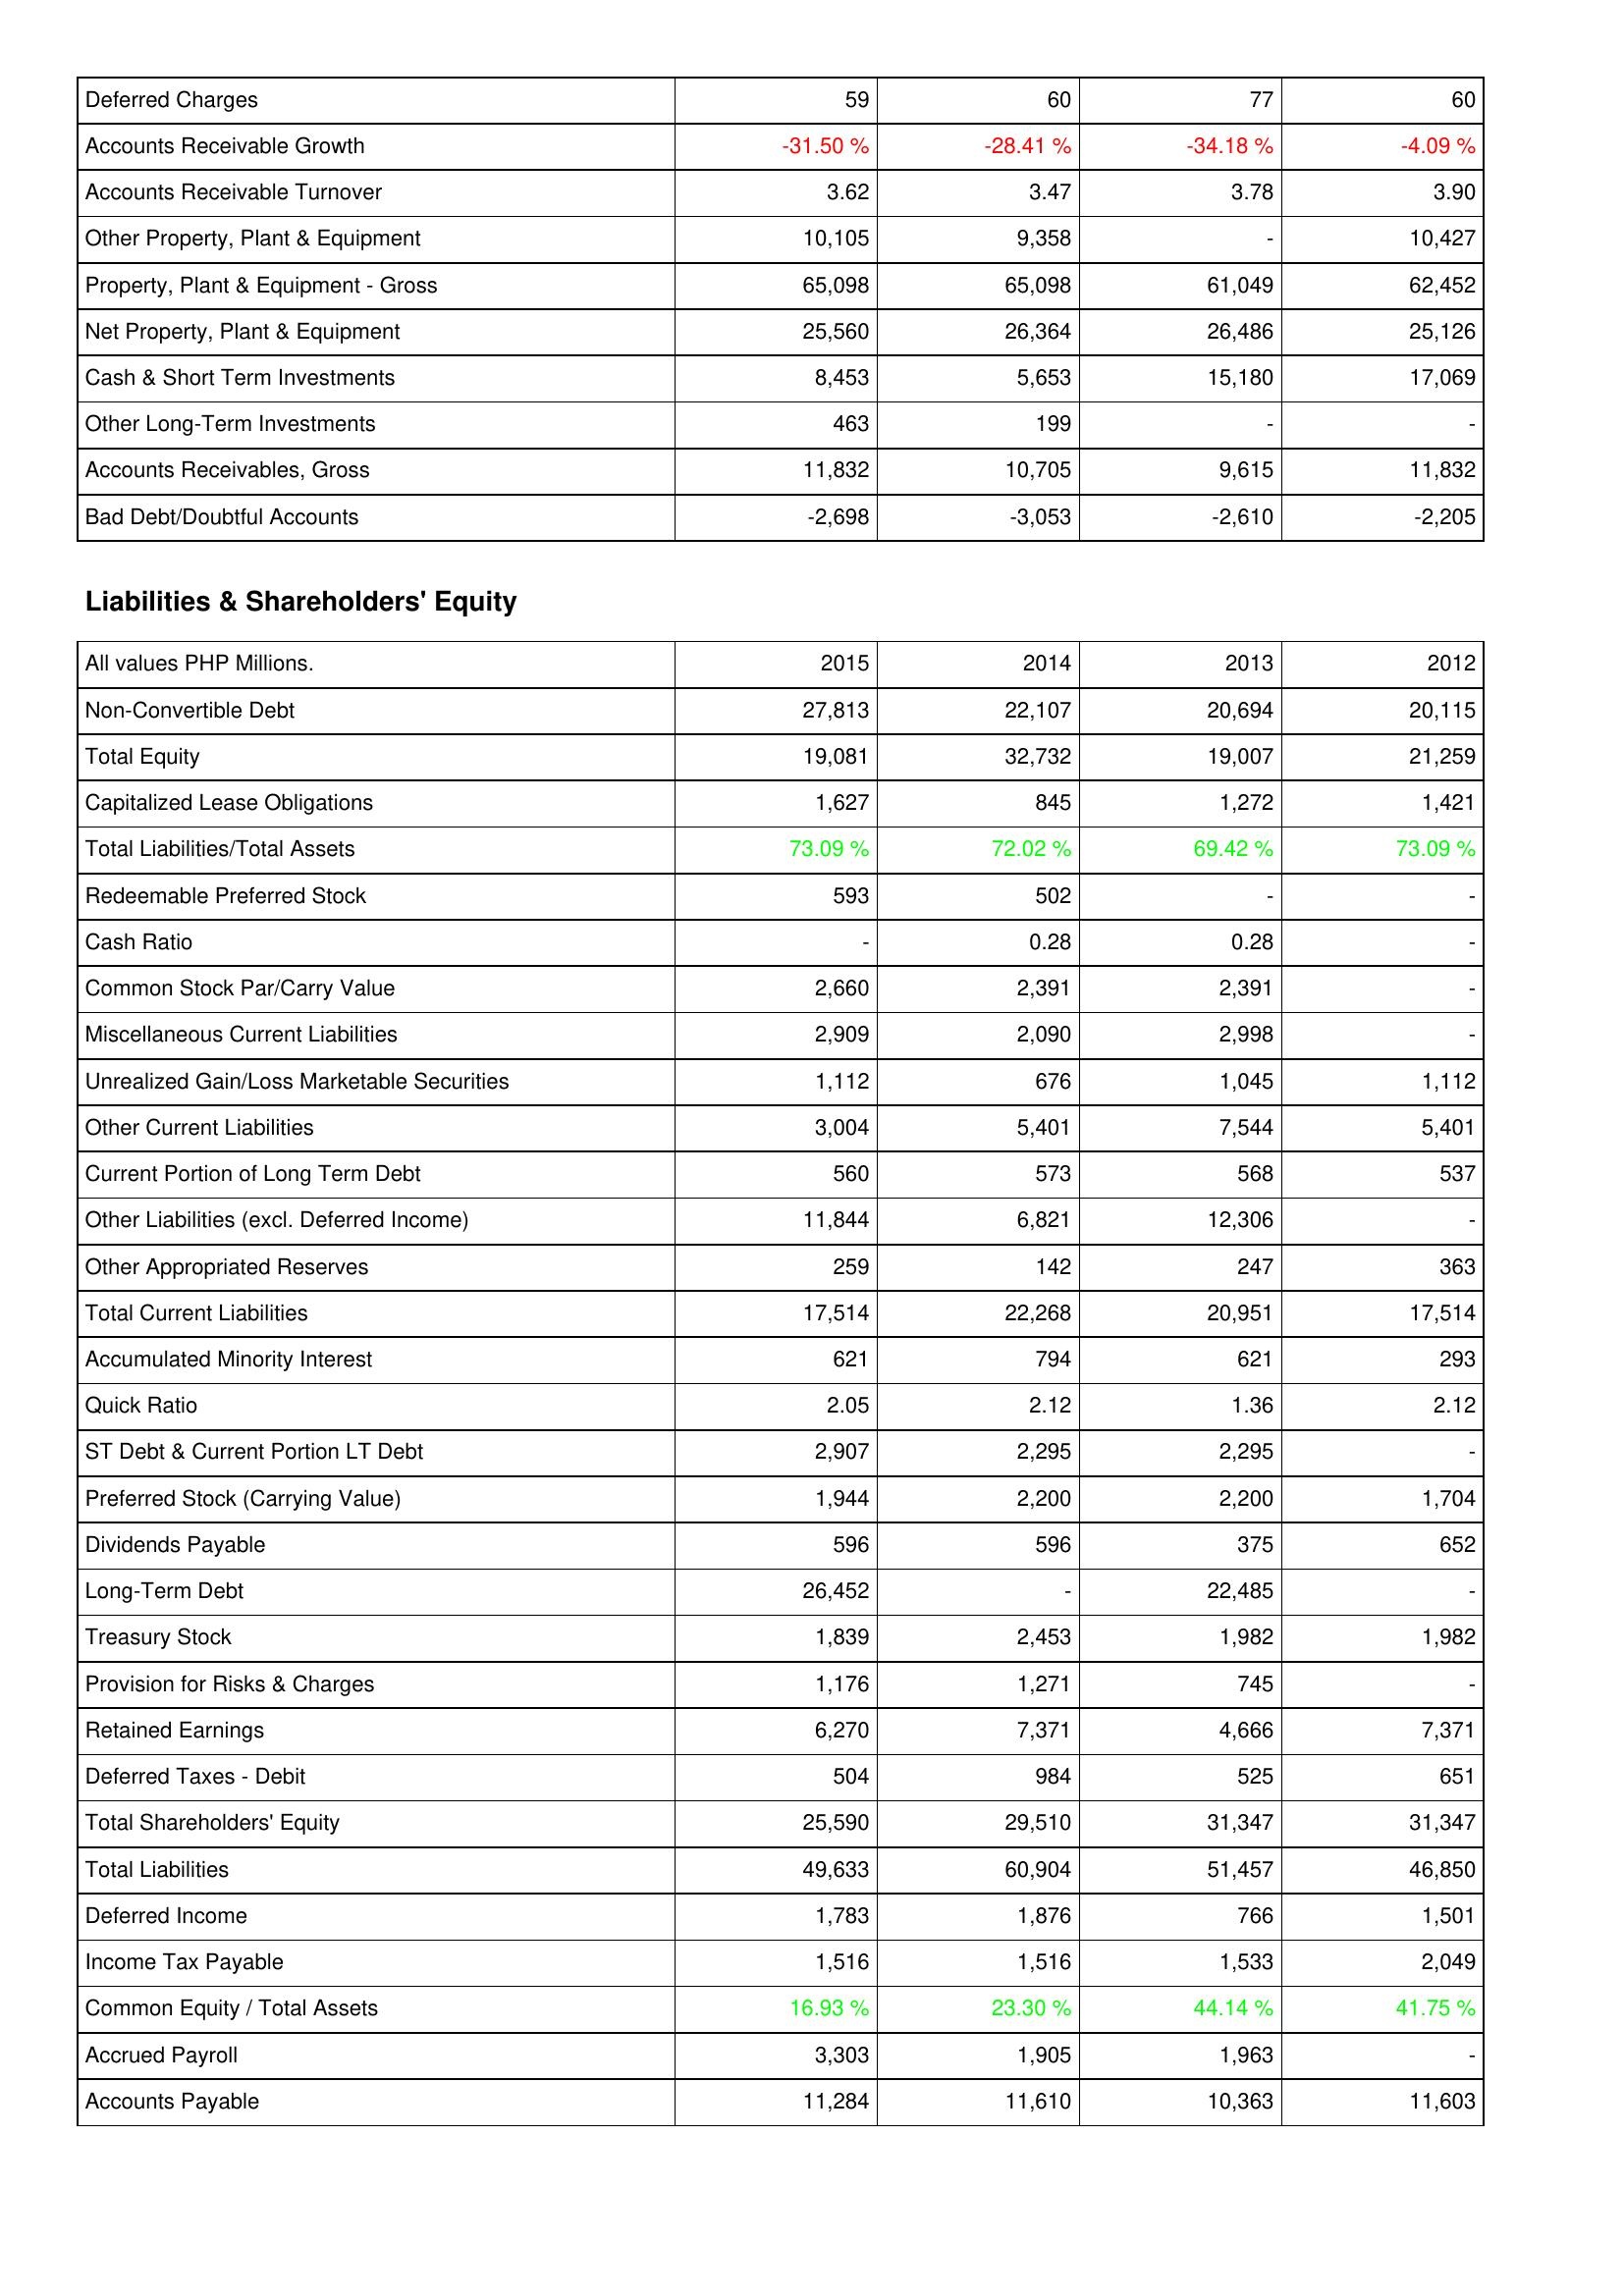
2015: Assets: Deferred Charges: 59
Accounts Receivable Growth: -31.50 %
Accounts Receivable Turnover: 3.62
Other Property, Plant & Equipment: 10,105
Property, Plant & Equipment - Gross: 65,098
Net Property, Plant & Equipment: 25,560
Cash & Short Term Investments: 8,453
Other Long-Term Investments: 463
Accounts Receivables, Gross: 11,832
Bad Debt/Doubtful Accounts: -2,698
Liabilities & Shareholders' Equity: Non-Convertible Debt: 27,813
Total Equity: 19,081
Capitalized Lease Obligations: 1,627
Total Liabilities/Total Assets: 73.09 %
Redeemable Preferred Stock: 593
Cash Ratio: -
Common Stock Par/Carry Value: 2,660
Miscellaneous Current Liabilities: 2,909
Unrealized Gain/Loss Marketable Securities: 1,112
Other Current Liabilities: 3,004
Current Portion of Long Term Debt: 560
Other Liabilities (excl. Deferred Income): 11,844
Other Appropriated Reserves: 259
Total Current Liabilities: 17,514
Accumulated Minority Interest: 621
Quick Ratio: 2.05
ST Debt & Current Portion LT Debt: 2,907
Preferred Stock (Carrying Value): 1,944
Dividends Payable: 596
Long-Term Debt: 26,452
Treasury Stock: 1,839
Provision for Risks & Charges: 1,176
Retained Earnings: 6,270
Deferred Taxes - Debit: 504
Total Shareholders' Equity: 25,590
Total Liabilities: 49,633
Deferred Income: 1,783
Income Tax Payable: 1,516
Common Equity / Total Assets: 16.93 %
Accrued Payroll: 3,303
Accounts Payable: 11,284
2014: Assets: Deferred Charges: 60
Accounts Receivable Growth: -28.41 %
Accounts Receivable Turnover: 3.47
Other Property, Plant & Equipment: 9,358
Property, Plant & Equipment - Gross: 65,098
Net Property, Plant & Equipment: 26,364
Cash & Short Term Investments: 5,653
Other Long-Term Investments: 199
Accounts Receivables, Gross: 10,705
Bad Debt/Doubtful Accounts: -3,053
Liabilities & Shareholders' Equity: Non-Convertible Debt: 22,107
Total Equity: 32,732
Capitalized Lease Obligations: 845
Total Liabilities/Total Assets: 72.02 %
Redeemable Preferred Stock: 502
Cash Ratio: 0.28
Common Stock Par/Carry Value: 2,391
Miscellaneous Current Liabilities: 2,090
Unrealized Gain/Loss Marketable Securities: 676
Other Current Liabilities: 5,401
Current Portion of Long Term Debt: 573
Other Liabilities (excl. Deferred Income): 6,821
Other Appropriated Reserves: 142
Total Current Liabilities: 22,268
Accumulated Minority Interest: 794
Quick Ratio: 2.12
ST Debt & Current Portion LT Debt: 2,295
Preferred Stock (Carrying Value): 2,200
Dividends Payable: 596
Long-Term Debt: -
Treasury Stock: 2,453
Provision for Risks & Charges: 1,271
Retained Earnings: 7,371
Deferred Taxes - Debit: 984
Total Shareholders' Equity: 29,510
Total Liabilities: 60,904
Deferred Income: 1,876
Income Tax Payable: 1,516
Common Equity / Total Assets: 23.30 %
Accrued Payroll: 1,905
Accounts Payable: 11,610
2013: Assets: Deferred Charges: 77
Accounts Receivable Growth: -34.18 %
Accounts Receivable Turnover: 3.78
Other Property, Plant & Equipment: -
Property, Plant & Equipment - Gross: 61,049
Net Property, Plant & Equipment: 26,486
Cash & Short Term Investments: 15,180
Other Long-Term Investments: -
Accounts Receivables, Gross: 9,615
Bad Debt/Doubtful Accounts: -2,610
Liabilities & Shareholders' Equity: Non-Convertible Debt: 20,694
Total Equity: 19,007
Capitalized Lease Obligations: 1,272
Total Liabilities/Total Assets: 69.42 %
Redeemable Preferred Stock: -
Cash Ratio: 0.28
Common Stock Par/Carry Value: 2,391
Miscellaneous Current Liabilities: 2,998
Unrealized Gain/Loss Marketable Securities: 1,045
Other Current Liabilities: 7,544
Current Portion of Long Term Debt: 568
Other Liabilities (excl. Deferred Income): 12,306
Other Appropriated Reserves: 247
Total Current Liabilities: 20,951
Accumulated Minority Interest: 621
Quick Ratio: 1.36
ST Debt & Current Portion LT Debt: 2,295
Preferred Stock (Carrying Value): 2,200
Dividends Payable: 375
Long-Term Debt: 22,485
Treasury Stock: 1,982
Provision for Risks & Charges: 745
Retained Earnings: 4,666
Deferred Taxes - Debit: 525
Total Shareholders' Equity: 31,347
Total Liabilities: 51,457
Deferred Income: 766
Income Tax Payable: 1,533
Common Equity / Total Assets: 44.14 %
Accrued Payroll: 1,963
Accounts Payable: 10,363
2012: Assets: Deferred Charges: 60
Accounts Receivable Growth: -4.09 %
Accounts Receivable Turnover: 3.90
Other Property, Plant & Equipment: 10,427
Property, Plant & Equipment - Gross: 62,452
Net Property, Plant & Equipment: 25,126
Cash & Short Term Investments: 17,069
Other Long-Term Investments: -
Accounts Receivables, Gross: 11,832
Bad Debt/Doubtful Accounts: -2,205
Liabilities & Shareholders' Equity: Non-Convertible Debt: 20,115
Total Equity: 21,259
Capitalized Lease Obligations: 1,421
Total Liabilities/Total Assets: 73.09 %
Redeemable Preferred Stock: -
Cash Ratio: -
Common Stock Par/Carry Value: -
Miscellaneous Current Liabilities: -
Unrealized Gain/Loss Marketable Securities: 1,112
Other Current Liabilities: 5,401
Current Portion of Long Term Debt: 537
Other Liabilities (excl. Deferred Income): -
Other Appropriated Reserves: 363
Total Current Liabilities: 17,514
Accumulated Minority Interest: 293
Quick Ratio: 2.12
ST Debt & Current Portion LT Debt: -
Preferred Stock (Carrying Value): 1,704
Dividends Payable: 652
Long-Term Debt: -
Treasury Stock: 1,982
Provision for Risks & Charges: -
Retained Earnings: 7,371
Deferred Taxes - Debit: 651
Total Shareholders' Equity: 31,347
Total Liabilities: 46,850
Deferred Income: 1,501
Income Tax Payable: 2,049
Common Equity / Total Assets: 41.75 %
Accrued Payroll: -
Accounts Payable: 11,603